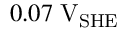
0 . 0 7 \; \mathrm { V } _ { \mathrm { S H E } }